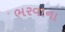
ભરવાના